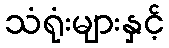
သံရုံးများနှင့်